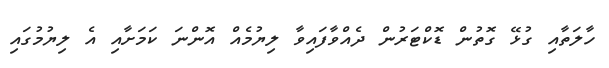
ހާލަތާއި ގުޅޭ ގޮތުން ޑޮކްޓަރުން ދެއްވާފައިވާ ލިޔުމެއް އޮންނަ ކަމަށާއި އެ ލިޔުމުގައި